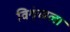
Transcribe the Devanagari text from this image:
विशृंखला